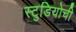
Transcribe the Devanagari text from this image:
स्टुडियोची